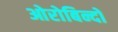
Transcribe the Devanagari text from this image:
ओरोबिन्दो